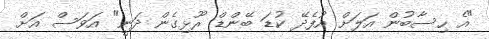
"އެ ހިސާބުން އަލަށް އުފެދޭ ކުޑަ ބޭންޑް ރޫޅިގެން ދަނީ" އަވަސް އަށް